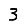
Digit: 3